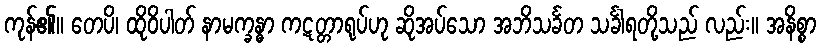
ကုန်၏။ တေပိ၊ ထိုဝိပါတ် နာမက္ခန္ဓာ ကဋတ္တာရုပ်ဟု ဆိုအပ်သော အဘိသင်္ခတ သင်္ခါရတို့သည် လည်း။ အနိစ္စာ